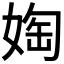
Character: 𫱀